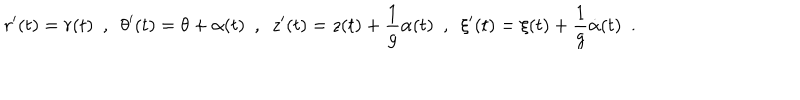
r ^ { \prime } ( t ) = r ( t ) \ \ , \ \ \theta ^ { \prime } ( t ) = \theta + \alpha ( t ) \ \ , \ \ z ^ { \prime } ( t ) = z ( t ) + \frac { 1 } { g } \alpha ( t ) \ \ , \ \ \xi ^ { \prime } ( t ) = \xi ( t ) + \frac { 1 } { g } \dot { \alpha } ( t ) \ \ .